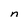
Character: n